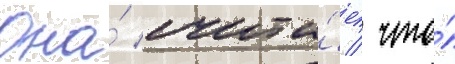
Она́ счита́ет / что́